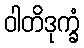
ဝါတိဒုက္ခံ